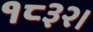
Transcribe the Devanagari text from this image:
१८३२।